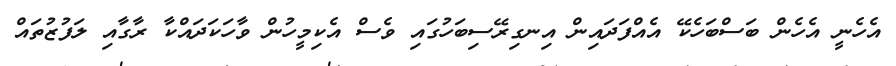
އެހެނީ އެހެން ބަސްބަހެކޭ އެއްފަދައިން އިނގިރޭސިބަހުގައި ވެސް އެކިމީހުން ވާހަކަދައްކާ ރާގާއި ލަފުޒުތައް